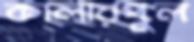
কালারপুল